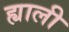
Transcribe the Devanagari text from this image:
ह्याली